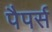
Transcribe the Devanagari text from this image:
पैपर्स